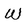
Character: W